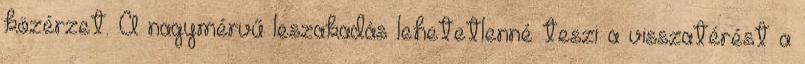
közérzet. A nagymérvű leszakadás lehetetlenné teszi a visszatérést a